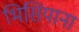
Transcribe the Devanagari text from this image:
भिसियाना